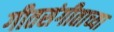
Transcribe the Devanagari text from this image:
गीतसंगीताच्या